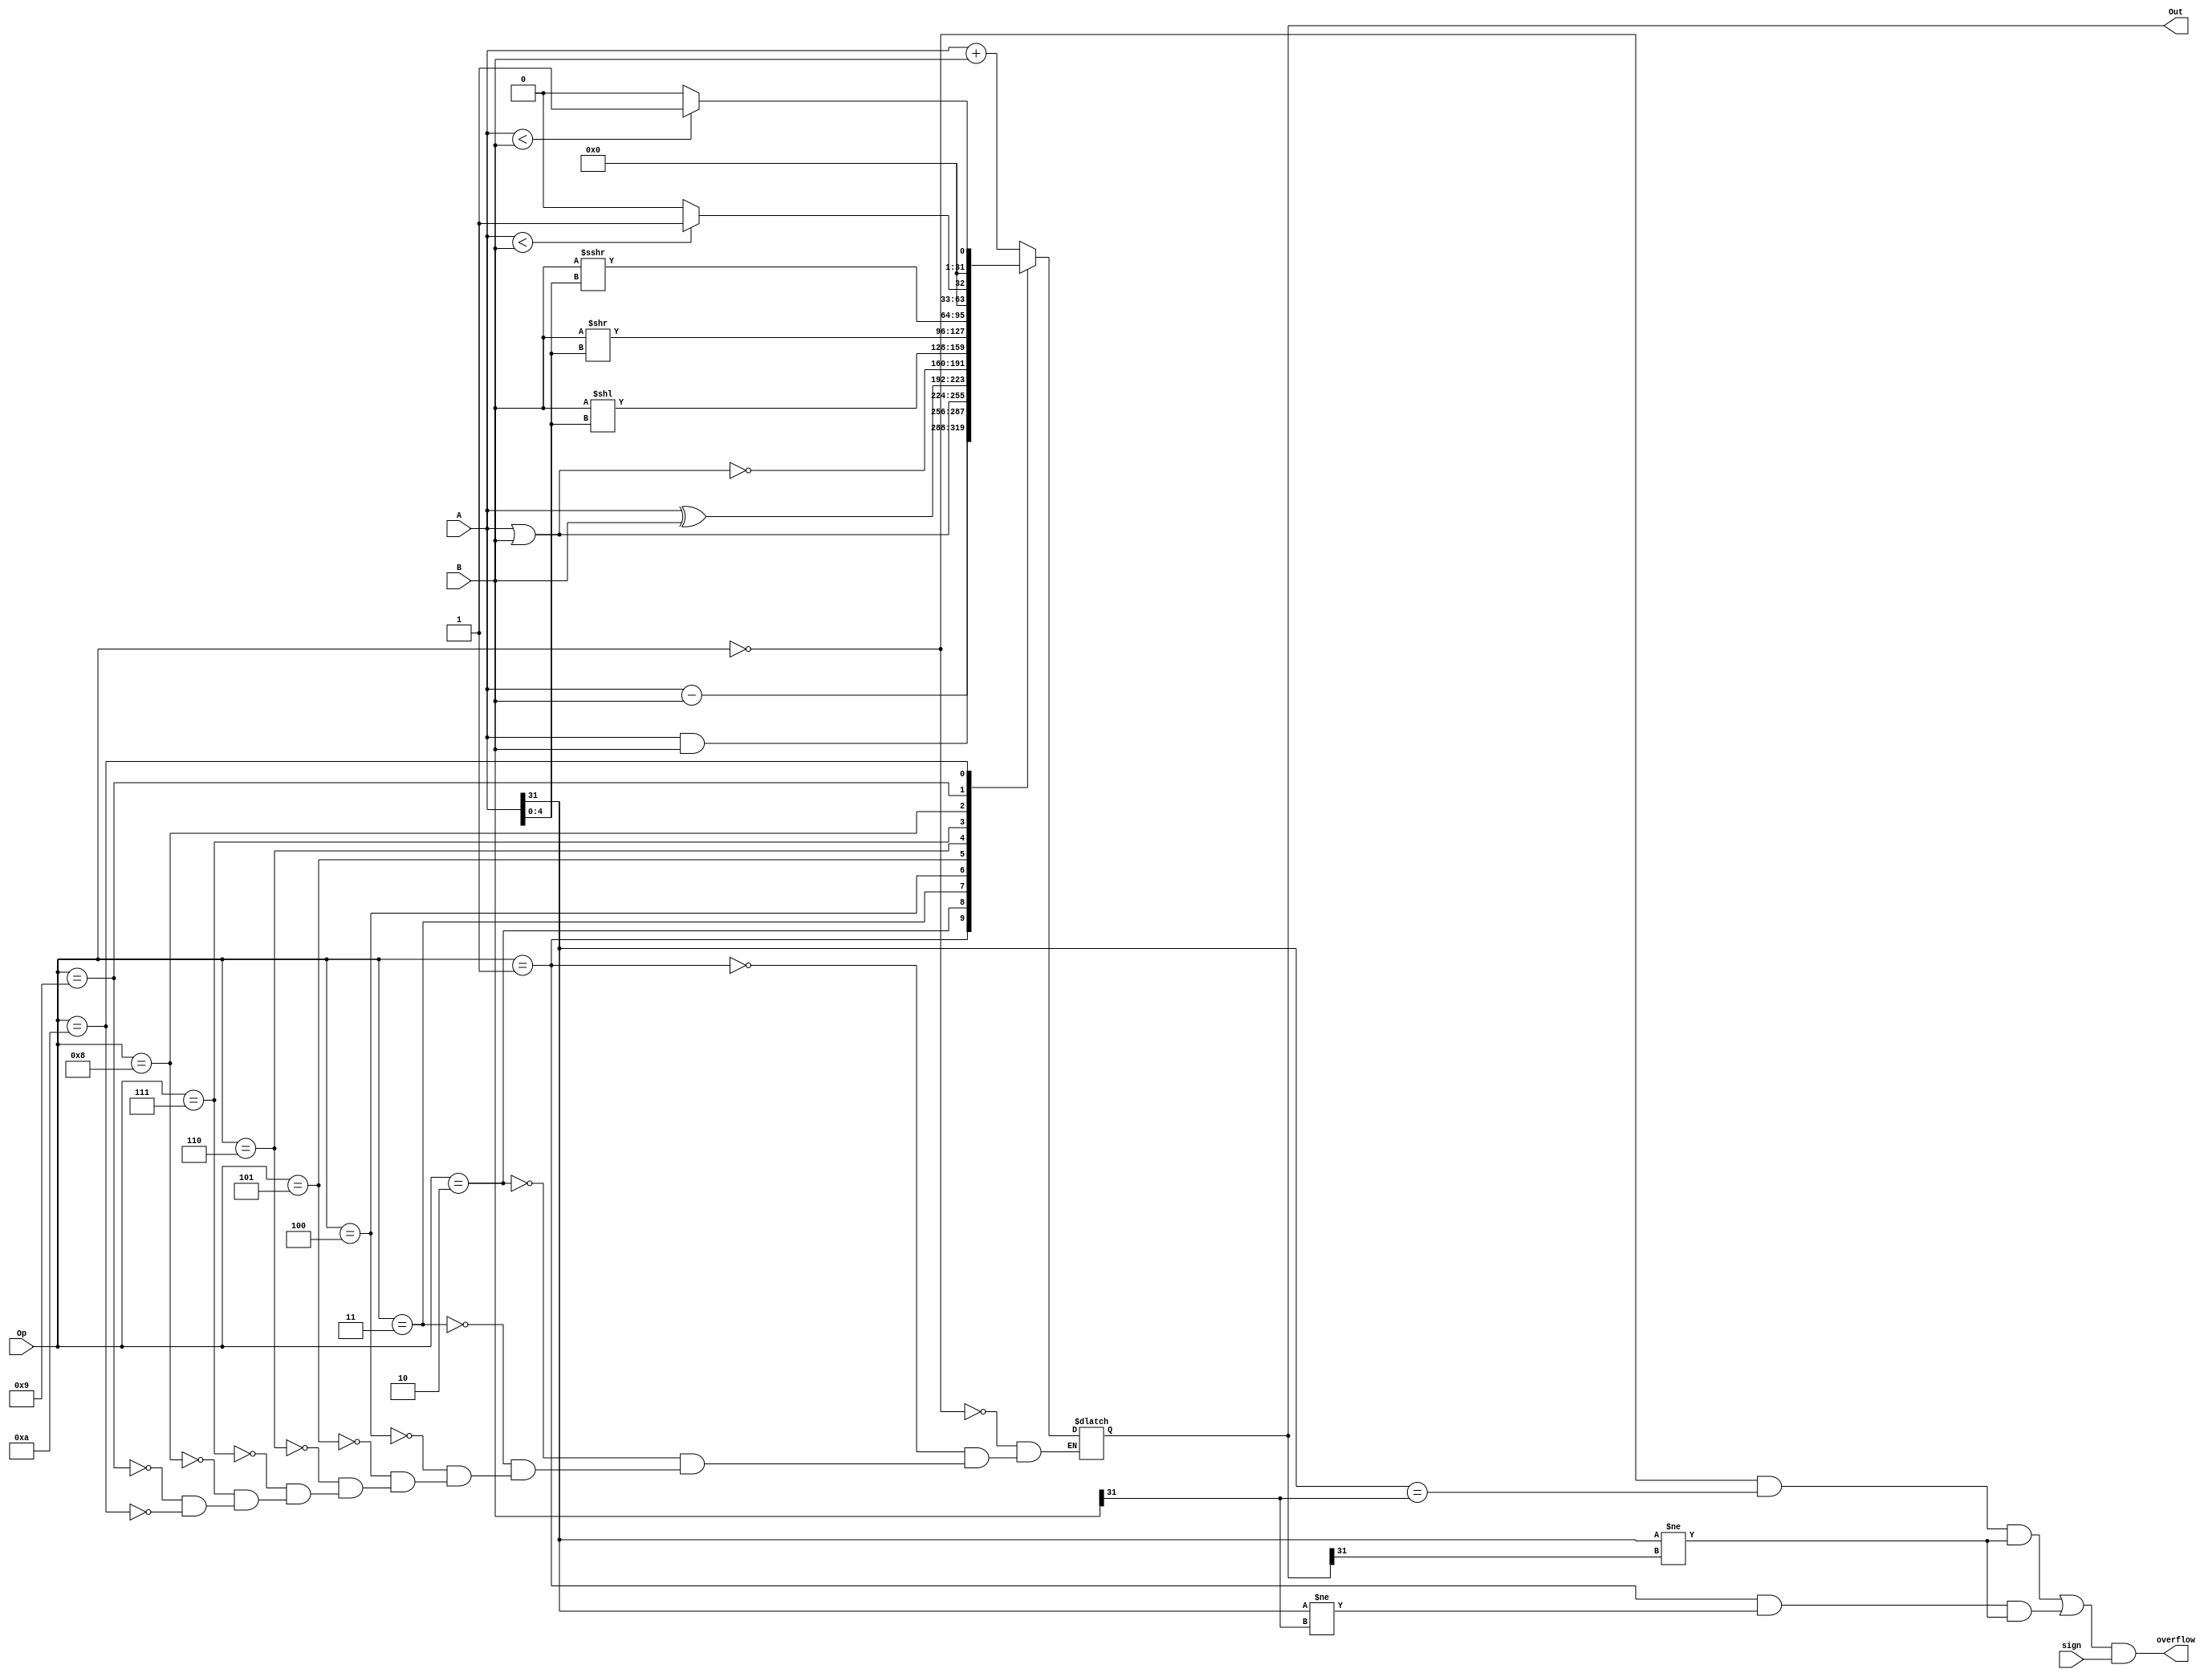
module ALU(
    input [31:0] A,
    input [31:0] B,
    input [3:0] Op,
	input sign,
    output reg [31:0] Out,
	output overflow
);

always @(*) begin
    case(Op)
		0: Out = A + B;
		1: Out = A - B;
		2: Out = A & B;
		3: Out = A | B;
		4: Out = A ^ B;								//xor
		5: Out = ~(A | B);							//nor
		6: Out = B << A[4:0];						//sll
		7: Out = B >> A[4:0];						//srl
		8: Out = $signed(B) >>> A[4:0];				//sra
		9: Out = ($signed(A) < $signed(B)) ? 1 : 0;	//slt
		10: Out = (A < B) ? 1 : 0;					//sltu
    endcase	
end

	assign overflow = 	(
							((Op == 0) & (A[31] == B[31]) & (A[31] != Out[31])) | 
							((Op == 1) & (A[31] != B[31]) & (A[31]) != Out[31]) 
	) & sign;
endmodule